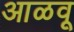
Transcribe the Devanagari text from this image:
आळवू